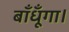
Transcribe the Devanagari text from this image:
बाँधूँगा।